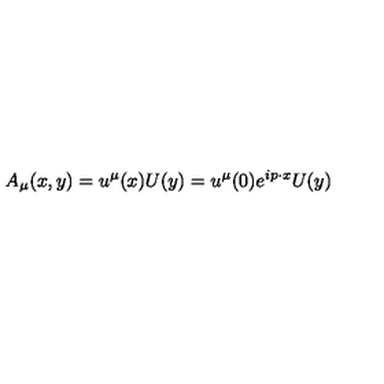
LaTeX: A _ { \mu } ( x , y ) = u ^ { \mu } ( x ) U ( y ) = u ^ { \mu } ( 0 ) e ^ { i p \cdot x } U ( y )